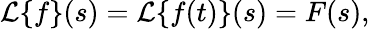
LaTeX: {\mathcal{L}}\{ f\} (s)={\mathcal{L}}\{ f(t)\} (s)=F(s),